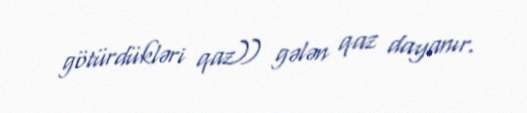
götürdükləri qaz)) gələn qaz dayanır.